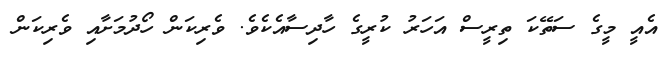
އެއީ މީގެ ސަތޭކަ ތިރީސް އަހަރު ކުރީގެ ހާދިސާއެކެވެ. ވެރިކަން ހޯދުމަށާއި ވެރިކަން